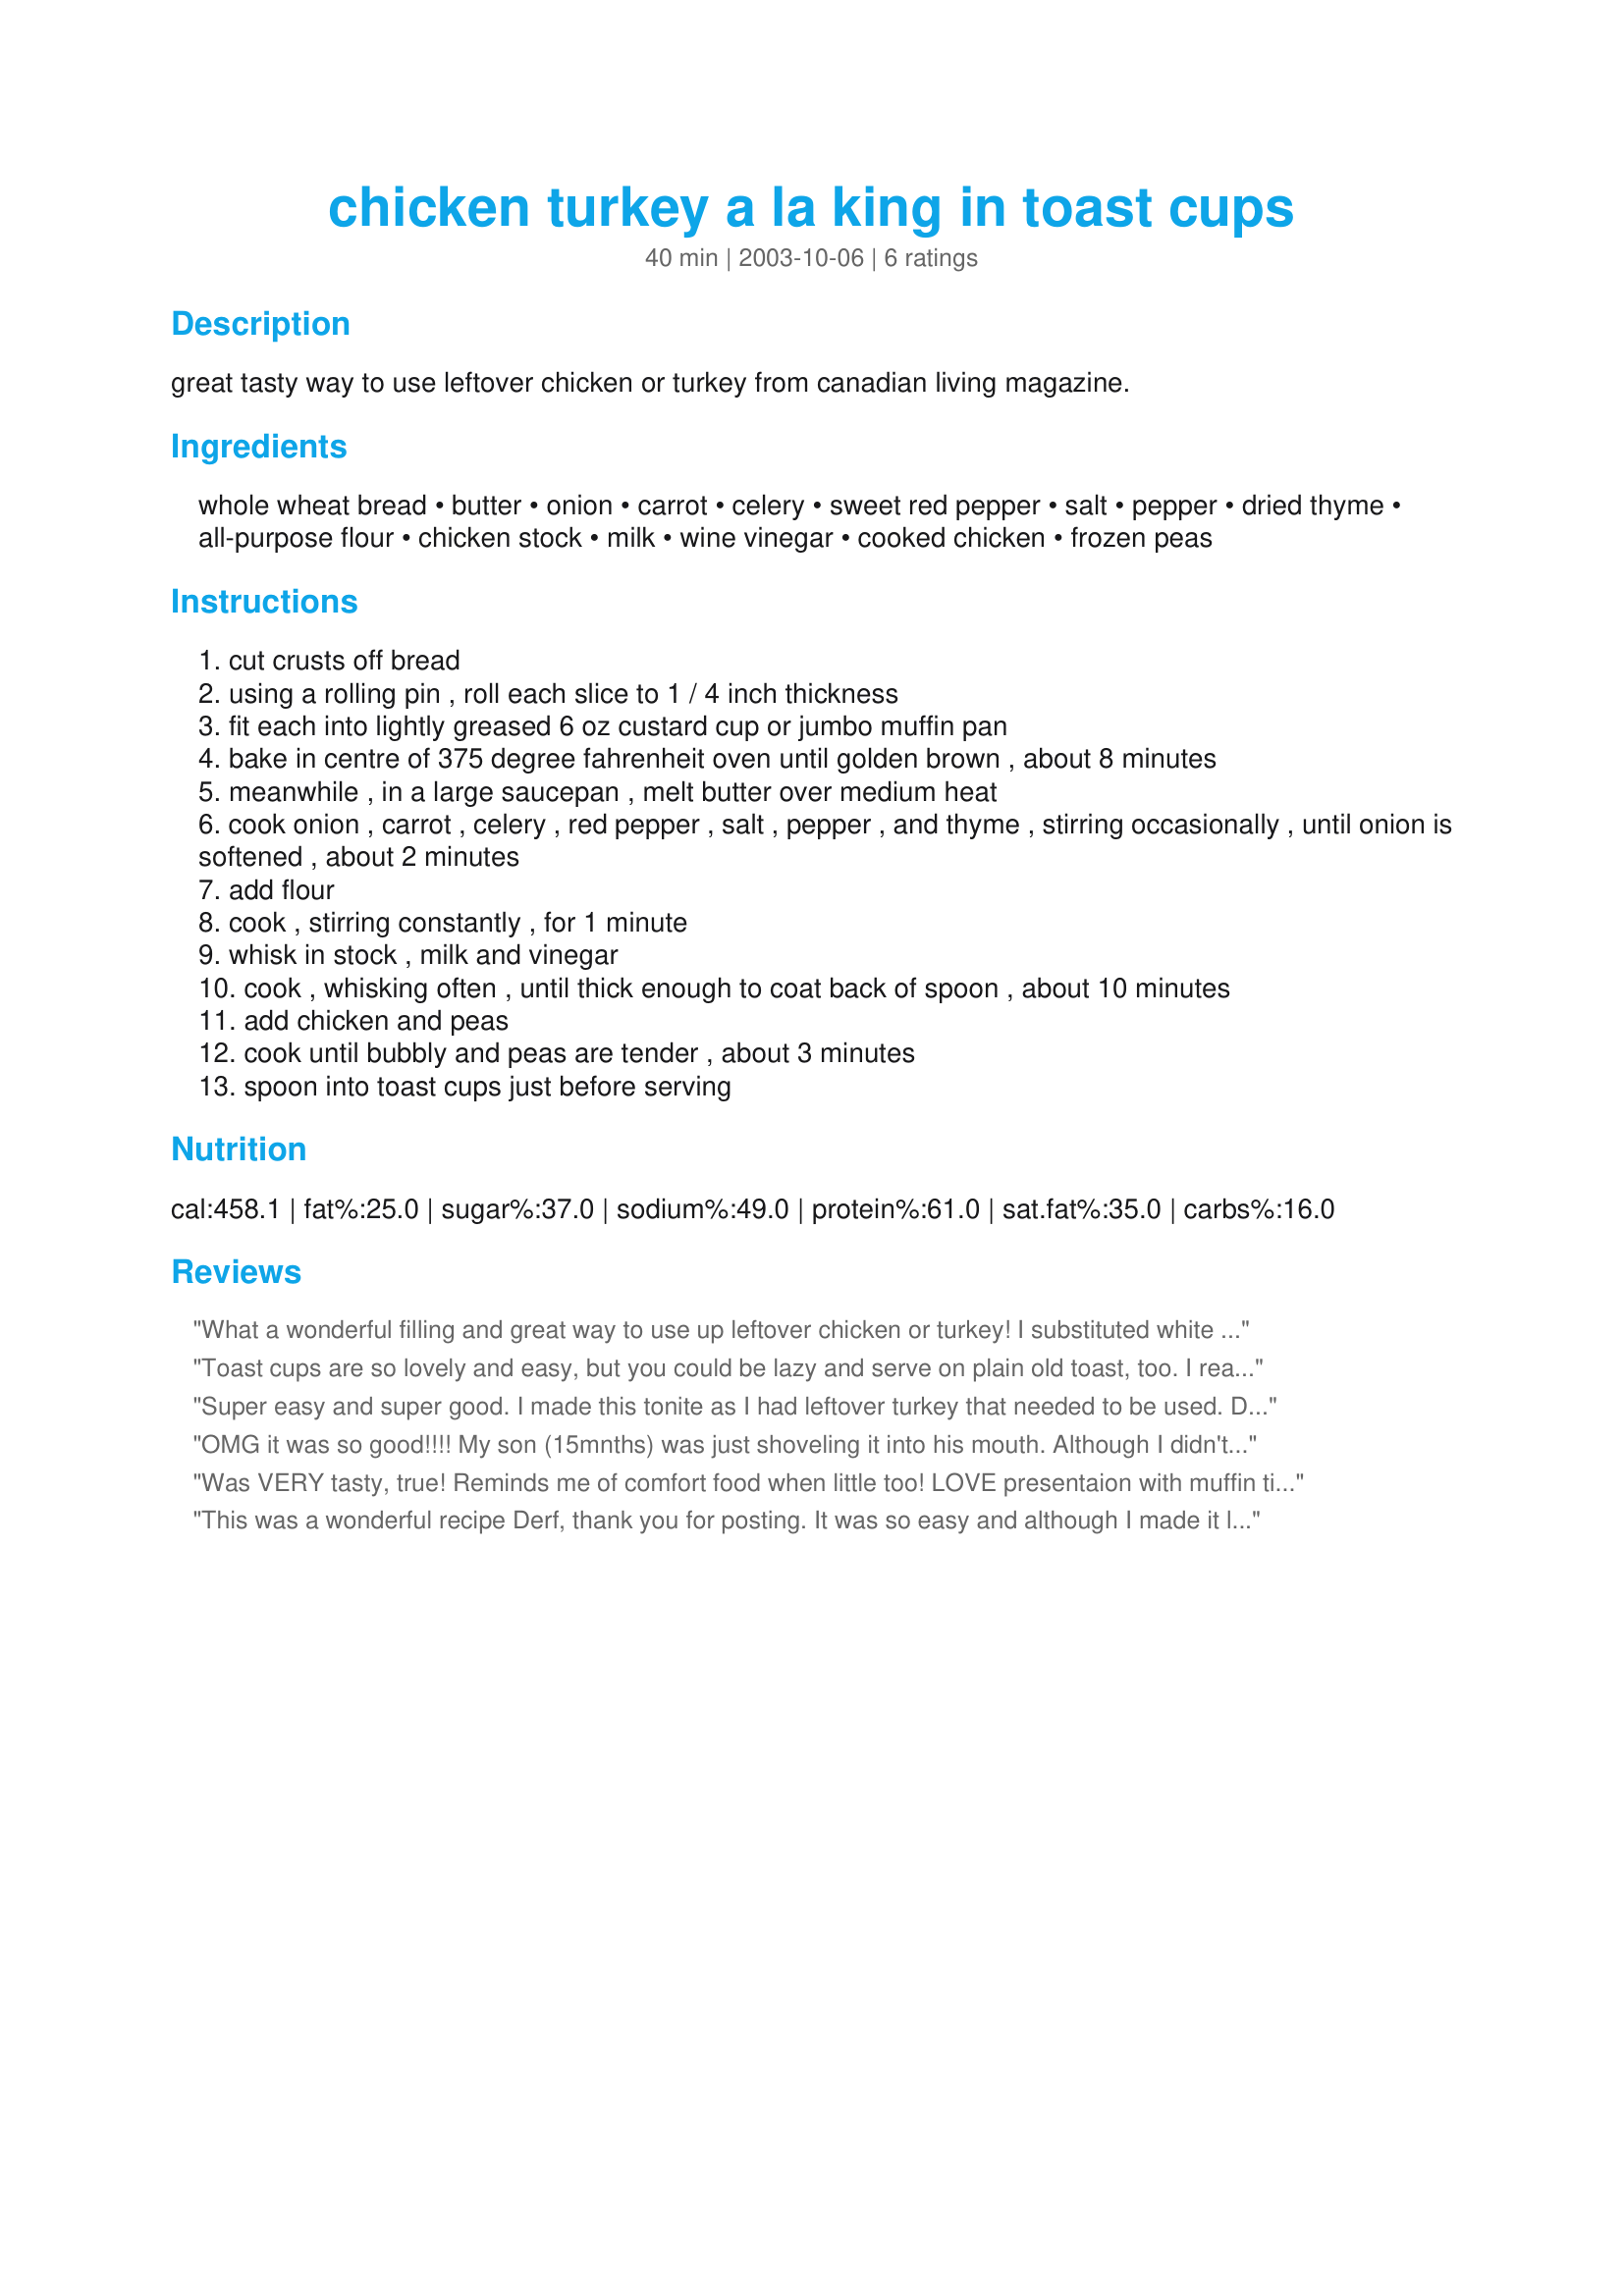
chicken turkey a la king in toast cups
Preparation time: 40 minutes

great tasty way to use leftover chicken or turkey from canadian living magazine.

Ingredients:
whole wheat bread, butter, onion, carrot, celery, sweet red pepper, salt, pepper, dried thyme, all-purpose flour, chicken stock, milk, wine vinegar, cooked chicken, frozen peas

Steps:
cut crusts off bread
using a rolling pin , roll each slice to 1 / 4 inch thickness
fit each into lightly greased 6 oz custard cup or jumbo muffin pan
bake in centre of 375 degree fahrenheit oven until golden brown , about 8 minutes
meanwhile , in a large saucepan , melt butter over medium heat
cook onion , carrot , celery , red pepper , salt , pepper , and thyme , stirring occasionally , until onion is softened , about 2 minutes
add flour
cook , stirring constantly , for 1 minute
whisk in stock , milk and vinegar
cook , whisking often , until thick enough to coat back of spoon , about 10 minutes
add chicken and peas
cook until bubbly and peas are tender , about 3 minutes
spoon into toast cups just before serving

Reviews:
What a wonderful filling and great way to use up leftover chicken or turkey! I substituted white vinegar because I did not have the wine vinegar on hand and I added 1 teaspoon prepared mustard to add a little zip. When I make toast cups I brush them with melted butter on both sides before toasting them and fill them with scrambled eggs, bacon bits, and cheese for breakfast; or with creamed salmon or tuna and peas; or fried mushrooms and onions with odd bits of leftovers (potatoes, meat, veggies)using leftover gravy or cream of mushroom soup (or other cream of soup). I have some frozen pastry tart shells in the freezer and I think this filling would great in those too. Thanks for a terrific recipe. :) Burnice
Toast cups are so lovely and easy, but you could be lazy and serve on plain old toast, too. I really enjoyed this dish. Fresh with lots of veggies, colorful and pretty healthy. Not gloppy like most chicken a la king recipes. Even better the next day over toast. I have to admit, I did not expect my kids to eat this one..the vegetables were too visible; however, my 6 year old ate 4 of them! The only change I made was to use pimento instead of red pepper as I had none. Thanks, Derf!
Super easy and super good. I made this tonite as I had leftover turkey that needed to be used. Didn't feel like the regular same old same old so checked out Derf recipe list and this is it. This came together so easy. I did make some changes in that I used homemade biscuits and dented them to fit into cups. DH loved and and again asked is this a recipe from zaar again? OF COURSE! He was very pleased. Thank you for another keeper.
OMG it was so good!!!! My son (15mnths) was just shoveling it into his mouth. Although I didn't have all the ingredients at this time. Lets just hope it taste just as good next time with all the ingredients!!!!
Was VERY tasty, true!
Reminds me of comfort food when little too!
LOVE presentaion with muffin tin,
I reckon if made this recipe...is always a win!
This was a wonderful recipe Derf, thank you for posting. It was so easy and although I made it lower in fat by using skim evaporated milk and using chicken stock (instead of the butter) to cook the vegetables in, it was still full of flavour. I did use a little Tabasco as well. I found your recipe when I was searching Zaar for a way to use up left over cooked chicken breasts. Thanks Glen
